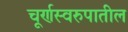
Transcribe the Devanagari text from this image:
चूर्णस्वरुपातील